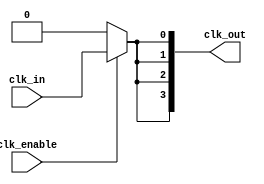
module LowPowerClockBuffer (
    input wire clk_in,            // Input clock signal
    input wire clk_enable,        // Enable signal for clock gating
    output wire [N-1:0] clk_out   // Output clock signals (N outputs)
);
    parameter N = 4;              // Number of clock outputs
    wire gated_clk;

    // Input Stage: Simple buffer or Schmitt trigger equivalent for clock cleanup
    wire clk_clean;
    assign clk_clean = clk_in; // In real designs, this may be an instantiated Schmitt trigger

    // Clock Gating Logic
    assign gated_clk = clk_enable ? clk_clean : 1'b0; // Gated clock

    // Buffer Stage and Output Drivers
    genvar i;
    generate
        for (i = 0; i < N; i = i + 1) begin: output_buffer
            wire clk_buffered;

            // Simple buffered clock output, can be replaced with low-power buffers
            assign clk_buffered = gated_clk; // Buffering the gated clock

            // Output driver driving the clock signal with reduced drive strength
            // In a physical design, this could be an instance of a specific low-power buffer cell
            assign clk_out[i] = clk_buffered; // Drive output clock signal
        end
    endgenerate

endmodule